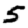
Digit: 5